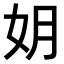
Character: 𫰒